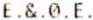
E.&.0.E.